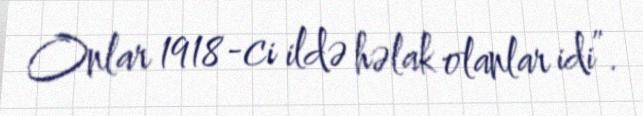
Onlar 1918-ci ildə həlak olanlar idi”.